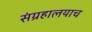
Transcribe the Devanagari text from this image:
संग्रहालयाच